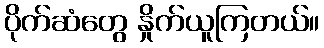
ပိုက်ဆံတွေ နှိုက်ယူကြတယ်။